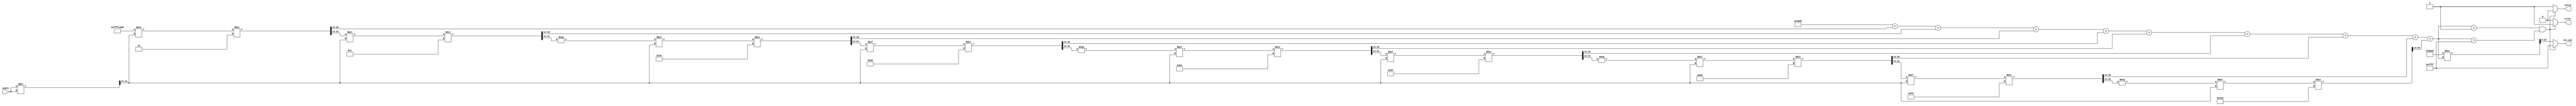
module secant_function (
    input wire [15:0] angle,    // Input angle in fixed-point representation (0 to 2)
    output reg [15:0] sec_out,   // Output secant value in fixed-point representation
    output reg valid,            // Output valid flag
    output reg error             // Output error flag for undefined conditions
);

    // Constants for fixed-point representation
    parameter FIXED_POINT_FRACTIONAL_BITS = 14; // Number of fractional bits
    parameter COSINE_THRESHOLD = 16'h0001; // Threshold for cosine close to zero

    // Internal signals
    wire [15:0] cos_out;         // Cosine output
    reg [15:0] reciprocal;        // Reciprocal of cosine
    reg [15:0] cos_temp;          // Temporary variable for cosine calculation

    // Cosine calculation using Taylor series approximation
    function [15:0] cosine;
        input [15:0] x;
        reg [31:0] x_squared;
        reg [31:0] term;
        integer i;
        begin
            x_squared = x * x >> FIXED_POINT_FRACTIONAL_BITS; // x^2
            term = 1 << FIXED_POINT_FRACTIONAL_BITS; // 1
            cosine = term; // Initialize cosine

            // Taylor series expansion for cos(x)
            for (i = 1; i < 10; i = i + 1) begin
                if (i % 2 == 1) begin
                    term = -term * x_squared / ((2*i) * (2*i - 1)) >> FIXED_POINT_FRACTIONAL_BITS; // Odd terms
                end else begin
                    term = term * x_squared / ((2*i) * (2*i - 1)) >> FIXED_POINT_FRACTIONAL_BITS; // Even terms
                end
                cosine = cosine + term;
            end
        end
    endfunction

    // Calculate cosine
    assign cos_temp = cosine(angle);

    // Reciprocal calculation
    always @(*) begin
        if (cos_temp < COSINE_THRESHOLD && cos_temp > -COSINE_THRESHOLD) begin
            sec_out = 16'hFFFF; // Indicate overflow ()
            error = 1'b1;       // Set error flag
            valid = 1'b0;       // Invalid output
        end else begin
            reciprocal = (1 << (FIXED_POINT_FRACTIONAL_BITS + 1)) / cos_temp; // Fixed-point reciprocal
            sec_out = reciprocal;
            error = 1'b0;       // Clear error flag
            valid = 1'b1;       // Valid output
        end
    end

endmodule